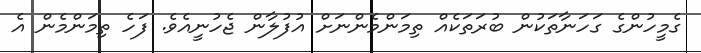
ގެމީހުންގެ ގަހަނާތަކުން ބުރަތަކެއް ތިމަންމެންނަށް އުފުލާން ޖެހުނީއެވެ. ފަހެ ތިމަންމެން އެ